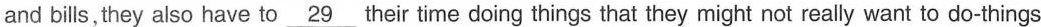
and bills,they also have to \underline{29 } their time doing things that they might not really want to do-things